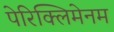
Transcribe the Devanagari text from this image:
पेरिक्लिमेनम